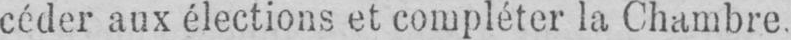
céder aux élections et compléter la Chambre.